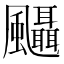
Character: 𱃒